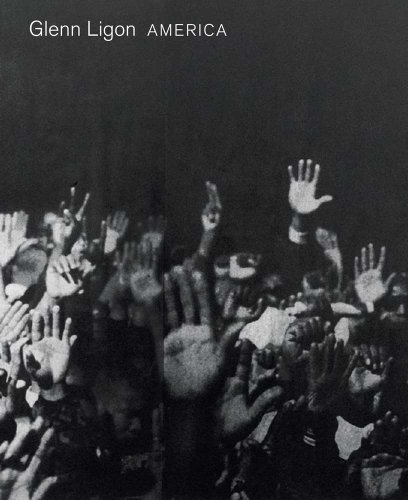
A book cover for Glenn Ligon: AMERICA (Whitney Museum of American Art); Scott Rothkopf; Arts & Photography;